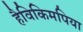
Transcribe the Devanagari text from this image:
हैविकिमपिया